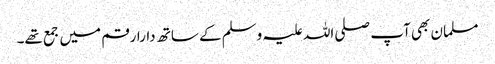
مسلمان بھی آپ صلی اللہ علیہ وسلم کے ساتھ دارارقم میں جمع تھے۔